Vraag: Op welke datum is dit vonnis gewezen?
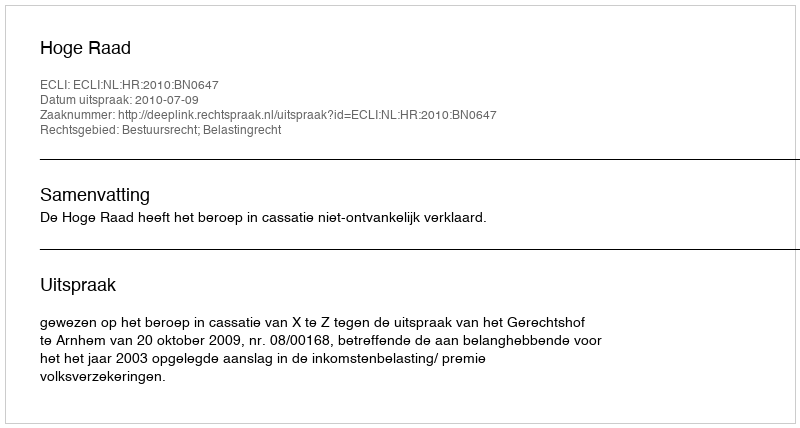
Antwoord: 2010-07-09